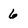
Character: 6